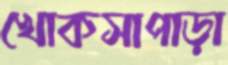
খোকসাপাড়া